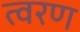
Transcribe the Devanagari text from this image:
त्‍वरण